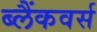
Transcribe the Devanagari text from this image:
ब्लैंकवर्स